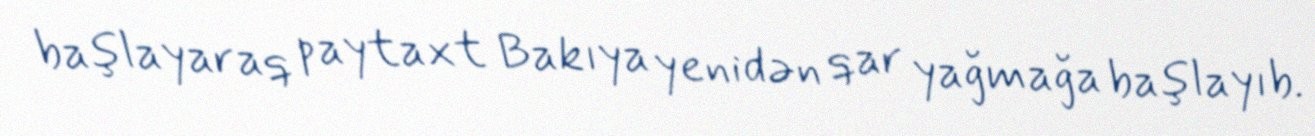
başlayaraq paytaxt Bakıya yenidən qar yağmağa başlayıb.